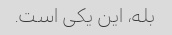
بله، این یکی است.